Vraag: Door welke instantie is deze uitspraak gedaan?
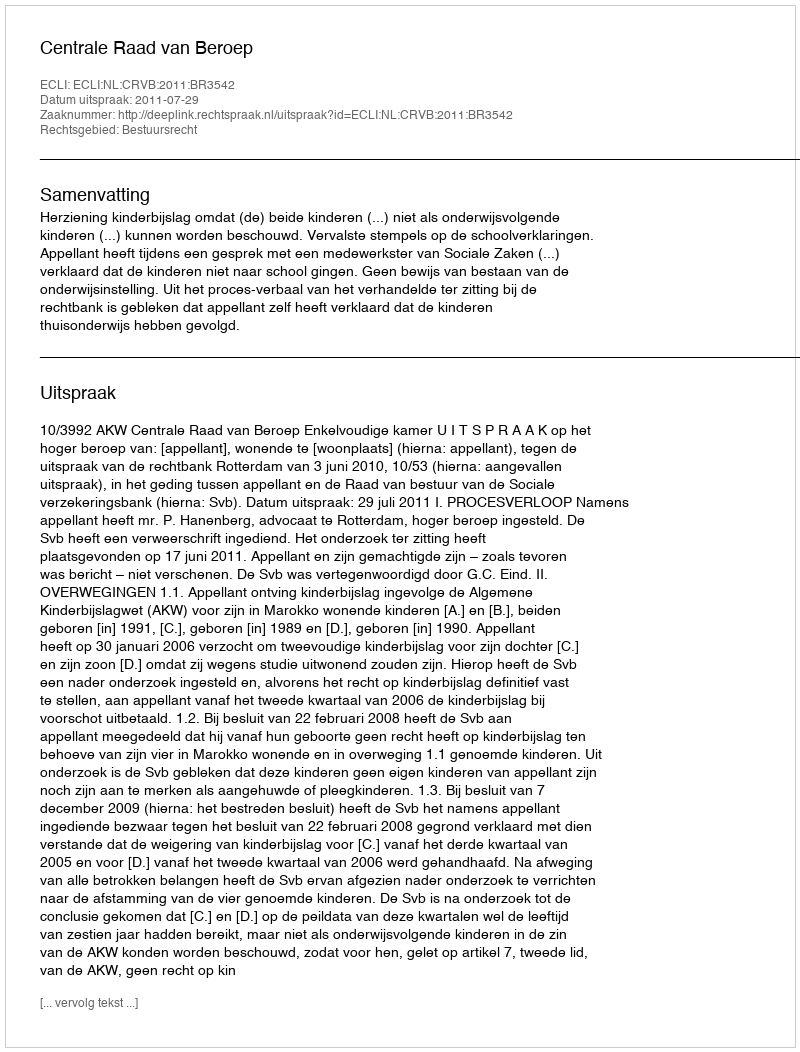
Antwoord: Centrale Raad van Beroep